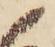
候